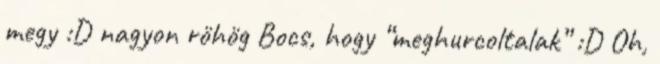
megy :D nagyon röhög Bocs, hogy “meghurcoltalak” :D Oh,